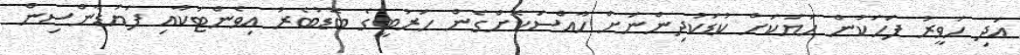
އަދި ހަވީރު ފަހަކުން ހަޔަކަށް ކުޑަކުދިންނަށް ހާއްސަކޮށްގެން ހަރުބީގެ ބޮޑުބެރު އިވެންޓަކާއި ފަޔަޑާންސިން